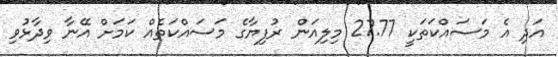
އަދި އެ މަސައްކަތަކީ 27.77 މިލިއަން ރުފިޔާގެ މަސައްކަތެއް ކަމަށް އޭނާ ވިދާޅުވި